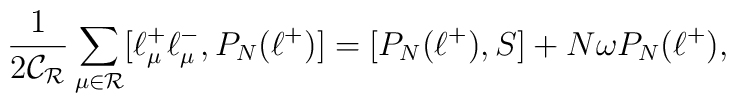
\frac{1}{2\mathcal{C_R}}   \sum_{\mu\in\mathcal{R}}[\ell^+_{\mu}\ell^-_{\mu},   P_N(\ell^+)]=[P_N(\ell^+),S]+N\omega P_N(\ell^+),